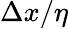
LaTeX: \Delta x/\eta